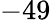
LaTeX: -49